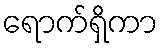
ရောက်ရှိကာ